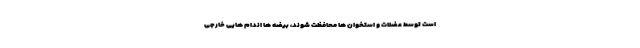
است توسط عضلات و استخوان ها محافظت شوند، بیضه ها اندام هایی خارجی